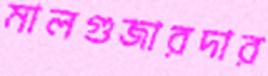
মালগুজারদার